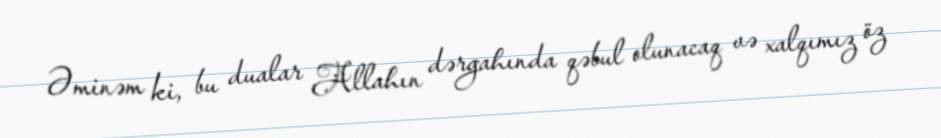
Əminəm ki, bu dualar Allahın dərgahında qəbul olunacaq və xalqımız öz